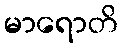
မာရောတိ